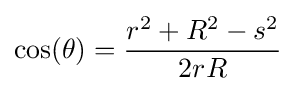
\cos(\theta )={\frac {r^{2}+R^{2}-s^{2}}{2rR}}